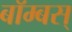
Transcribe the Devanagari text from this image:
बॉम्बस्